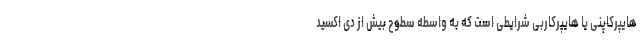
هایپرکاپنی یا هایپرکاربی شرایطی است که به واسطه سطوح بیش از دی اکسید